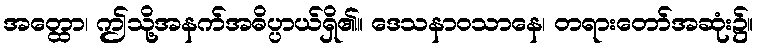
အတ္ထော၊ ဤသို့အနက်အဓိပ္ပာယ်ရှိ၏။ ဒေသနာဝသာနေ၊ တရားတော်အဆုံး၌။